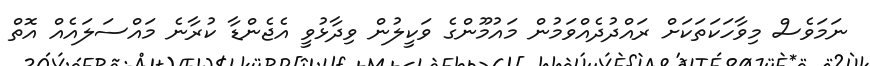
ނަމަވެސް މިވާހަކަތަކަށް ރައްދުދެއްވަމުން މައުމޫންގެ ވަކީލުން ވިދާޅުވީ އެޖެންޑާ ކުރާނެ މައްސަލައެއް އޮތް